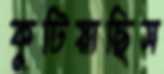
কুটিয়াছিস